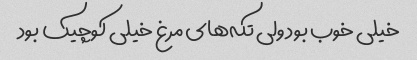
خیلی خوب بود ولی تکه‌های مرغ خیلی کوچیک بود